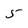
Character: 5